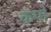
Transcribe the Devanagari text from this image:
कपो